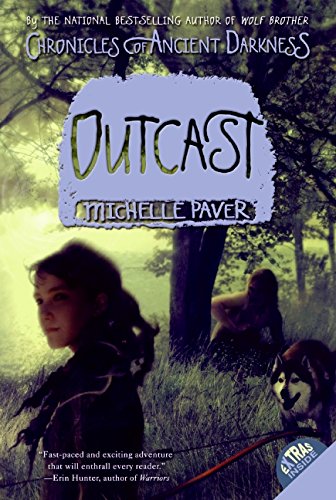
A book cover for Chronicles of Ancient Darkness #4: Outcast; Michelle Paver; Children's Books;